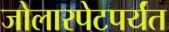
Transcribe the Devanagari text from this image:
जोलारपेटपर्यंत